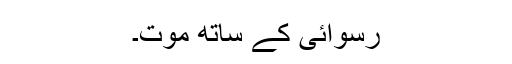
رسوائی کے ساتھ موت۔